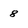
Character: 8